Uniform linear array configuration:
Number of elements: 12
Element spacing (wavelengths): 0.5
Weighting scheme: cosine
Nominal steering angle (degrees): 0
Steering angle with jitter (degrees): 0.7907
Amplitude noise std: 0.05
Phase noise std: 0.05

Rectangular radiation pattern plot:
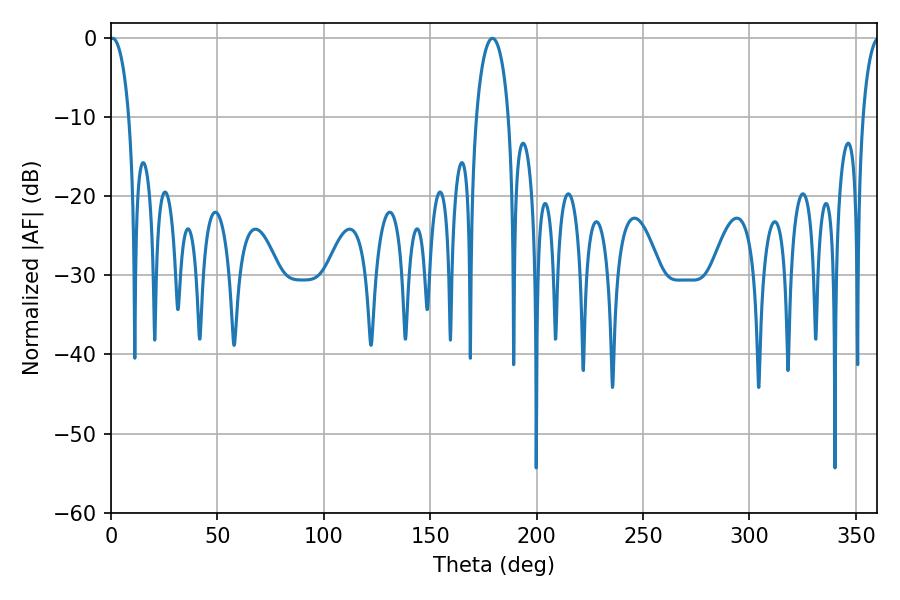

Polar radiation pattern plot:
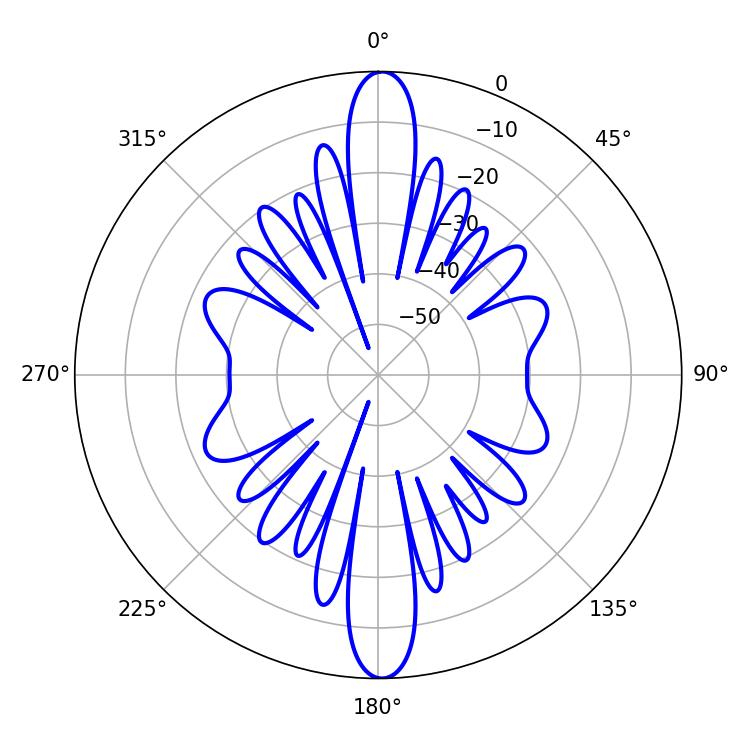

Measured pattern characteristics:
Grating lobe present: FALSE
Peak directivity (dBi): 28.465
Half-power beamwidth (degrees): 5.04
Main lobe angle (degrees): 0.72